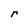
Character: r